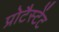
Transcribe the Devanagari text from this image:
प्रोटैस्टेंट